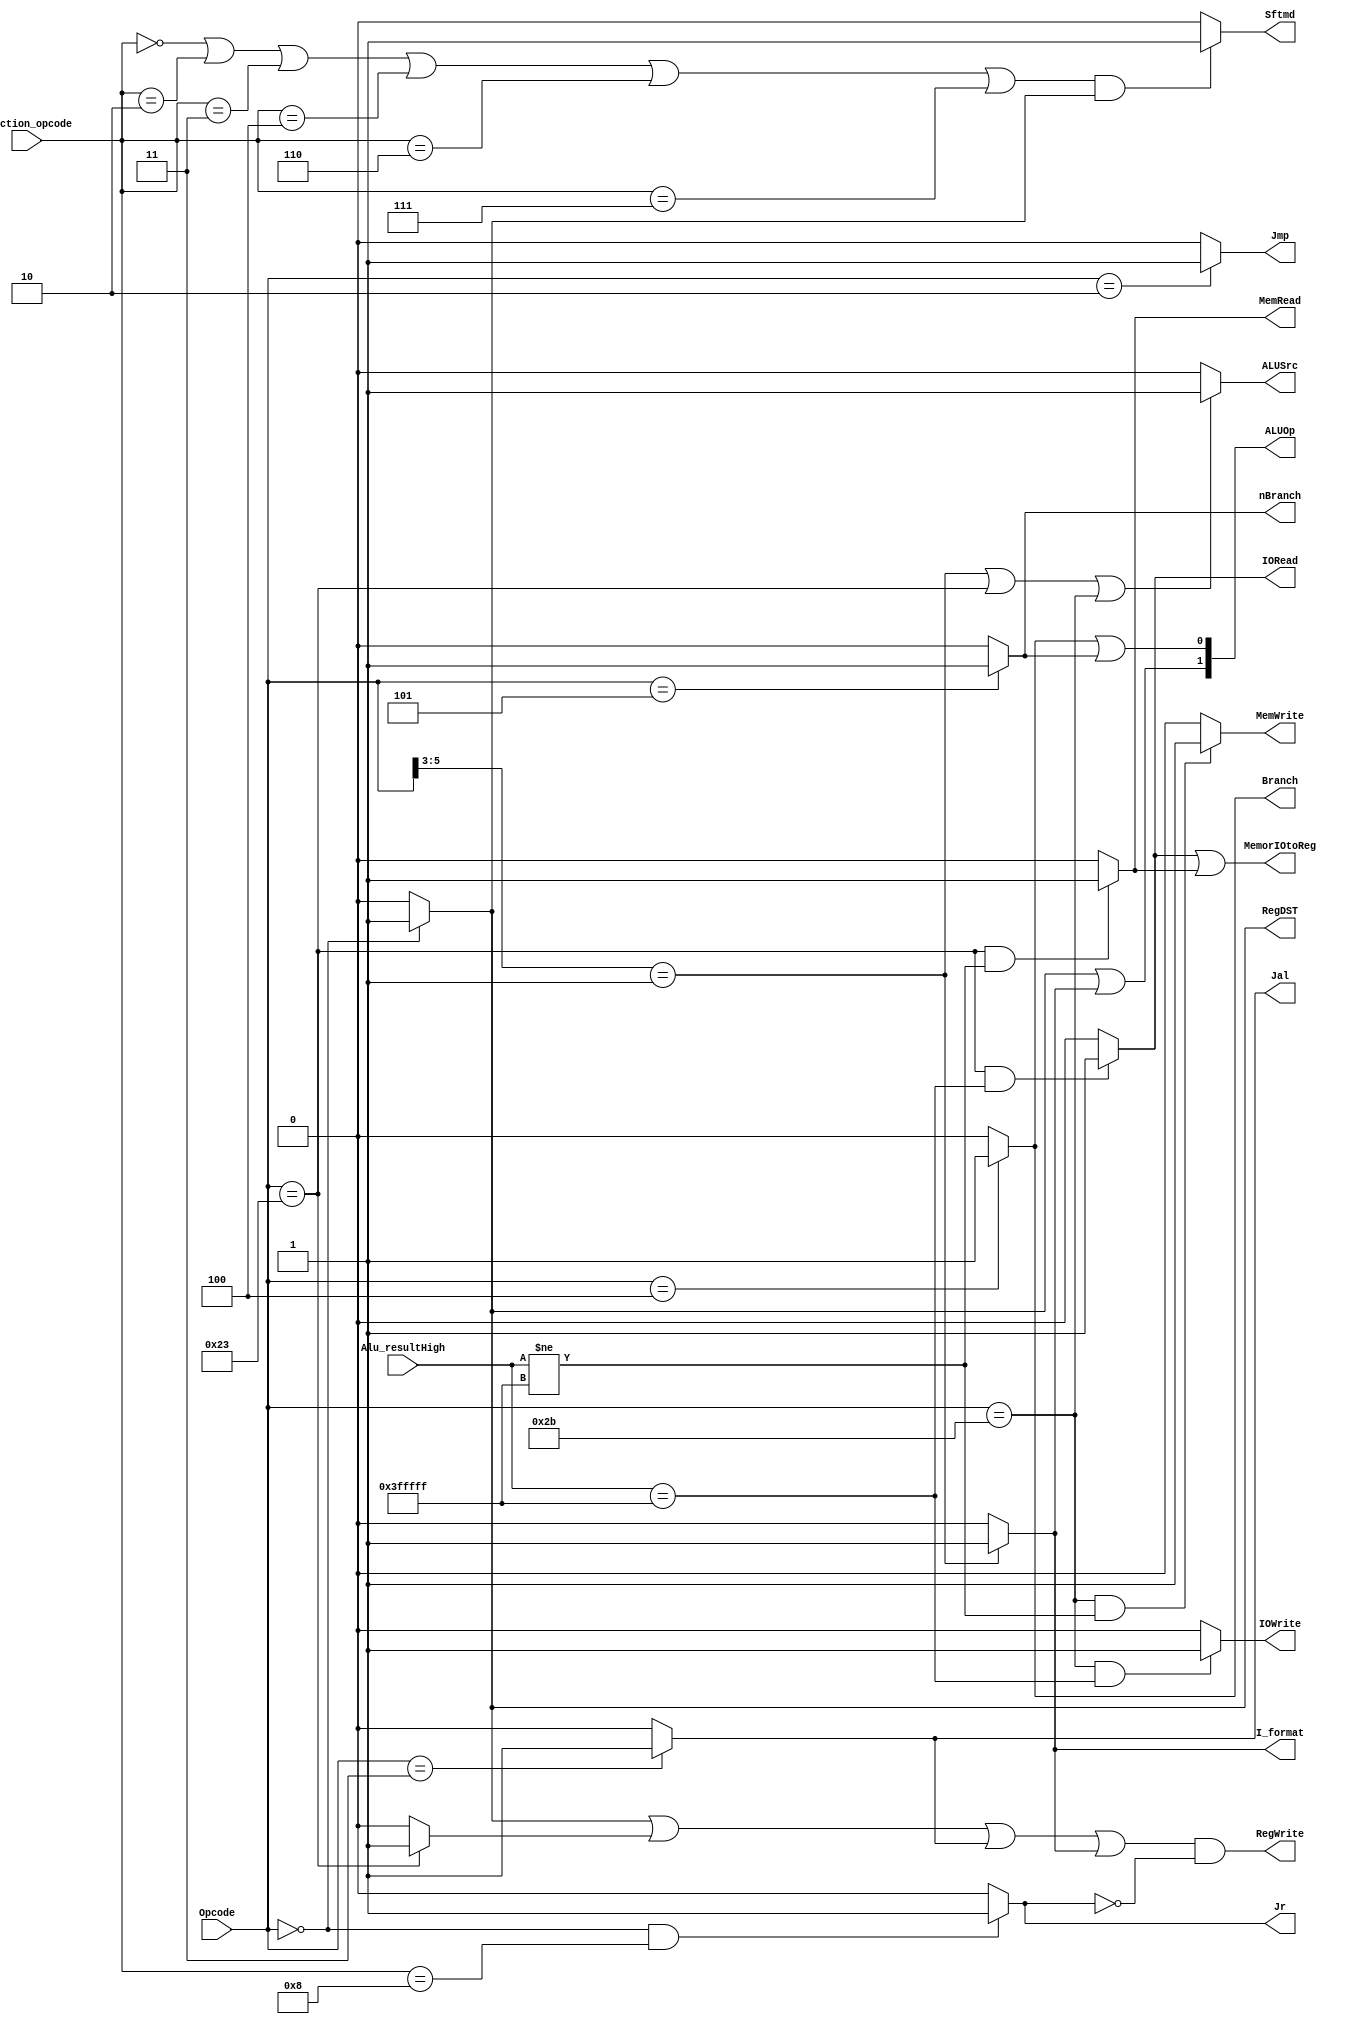
`timescale 1ns / 1ps
//////////////////////////////////////////////////////////////////////////////////
// Company: 
// Engineer: 
// 
// Design Name: 
// Module Name: control32
// Project Name: 
// Target Devices: 
// Tool Versions: 
// Description: 
// 
// Dependencies: 
// 
// Revision:
// Revision 0.01 - File Created
// Additional Comments:
// 
//////////////////////////////////////////////////////////////////////////////////


module control32(Opcode,Function_opcode,Jr,RegDST,ALUSrc,RegWrite,MemWrite,Branch,nBranch,Jmp,Jal,I_format,Sftmd,ALUOp,Alu_resultHigh,MemorIOtoReg,MemRead,IORead,IOWrite);
input[5:0]   Opcode,Function_opcode;     
input[21:0] Alu_resultHigh;
output Jr,RegDST,ALUSrc,RegWrite,MemWrite,Branch,nBranch,Jmp,Jal,I_format,Sftmd,MemorIOtoReg,MemRead,IORead,IOWrite;
output[1:0]  ALUOp;
wire Lw,R_format;
assign R_format = (Opcode==6'b000000)?1'b1:1'b0;
assign RegDST = R_format;
assign Jal = (Opcode==6'b000011)?1'b1:1'b0;
assign Jr = (Opcode==6'b000000&&Function_opcode==6'b001000)?1'b1:1'b0;
assign Lw = (Opcode==6'b100011)?1'b1:1'b0;
assign I_format = (Opcode[5:3]==3'b001)?1'b1:1'b0;
assign RegWrite = (R_format||Lw||Jal||I_format)&&!(Jr);
assign Jmp  = (Opcode==6'b000010)?1'b1:1'b0;
assign Branch  = (Opcode==6'b000100)?1'b1:1'b0;
assign nBranch  = (Opcode==6'b000101)?1'b1:1'b0;
assign ALUOp = {(R_format||I_format),(Branch||nBranch)};
assign Sftmd = (((Function_opcode==6'b000000)||(Function_opcode==6'b000010)||(Function_opcode==6'b000011)||(Function_opcode==6'b000100)||(Function_opcode==6'b000110)||(Function_opcode==6'b000111))&& R_format)? 1'b1:1'b0;
assign MemRead = ((Opcode==6'b100011)&&Alu_resultHigh[21:0]!=22'h3FFFFF)?1'b1:1'b0;
assign MemWrite = ((Opcode==6'b101011)&&Alu_resultHigh[21:0]!=22'h3FFFFF)?1'b1:1'b0;
assign ALUSrc = (Opcode[5:3] == 3'b001||Opcode == 6'b100011||Opcode == 6'b101011)?1'b1:1'b0;
assign IOWrite = ((Opcode==6'b101011)&&Alu_resultHigh[21:0]==22'h3FFFFF)?1'b1:1'b0;
assign IORead = ((Opcode==6'b100011)&&Alu_resultHigh[21:0]==22'h3FFFFF)?1'b1:1'b0;
assign MemorIOtoReg = IORead||MemRead;
endmodule